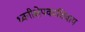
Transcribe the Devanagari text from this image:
ध्वनीक्षेपकाशिवाय